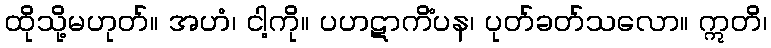
ထိုသို့မဟုတ်။ အဟံ၊ ငါ့ကို။ ပဟဋာကိံပန၊ ပုတ်ခတ်သလော။ ဣတိ၊